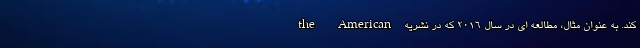
کند. به عنوان مثال، مطالعه ای در سال 2016 که در نشریه the American